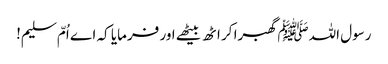
رسول اللہﷺ گھبرا کر اٹھ بیٹھے اور فرمایا کہ اے اُمّ سلیم!